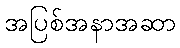
အပြစ်အနာအဆာ